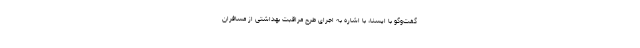
گفت‌وگو با ایسنا، با اشاره به اجرای طرح مراقبت بهداشتی از مسافران